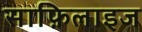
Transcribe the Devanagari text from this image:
साफ़िलाइज